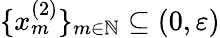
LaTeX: \{ x_{m}^{(2)}\} _{m\in\mathbb{N}}\subseteq(0,\varepsilon)